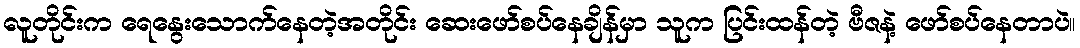
လူတိုင်းက ရေနွေးသောက်နေတဲ့အတိုင်း ဆေးဖော်စပ်နေချိန်မှာ သူက ပြင်းထန်တဲ့ ဗီဇနဲ့ ဖော်စပ်နေတာပဲ။